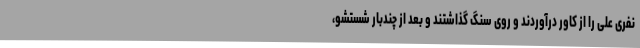
نفری علی را از کاور درآوردند و روی سنگ گذاشتند و بعد از چندبار شستشو،